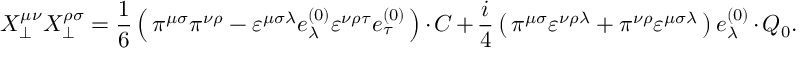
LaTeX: X _ { \bot } ^ { \mu \nu } X _ { \bot } ^ { \rho \sigma } = \frac { 1 } { 6 } \left( \, \pi ^ { \mu \sigma } \pi ^ { \nu \rho } - \varepsilon ^ { \mu \sigma \lambda } e _ { \lambda } ^ { ( 0 ) } \varepsilon ^ { \nu \rho \tau } e _ { \tau } ^ { ( 0 ) } \, \right) \cdot C + \frac { i } { 4 } \left( \, \pi ^ { \mu \sigma } \varepsilon ^ { \nu \rho \lambda } + \pi ^ { \nu \rho } \varepsilon ^ { \mu \sigma \lambda } \, \right) e _ { \lambda } ^ { ( 0 ) } \cdot Q _ { 0 } .